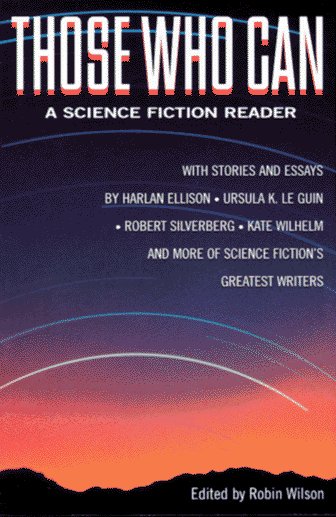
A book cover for Those Who Can: A Science Fiction Reader; Science Fiction & Fantasy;